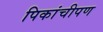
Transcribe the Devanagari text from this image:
पिकांचीपण